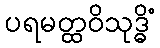
ပရမတ္ထဝိသုဒ္ဓိံ